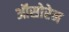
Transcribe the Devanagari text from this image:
ऑसोरेन